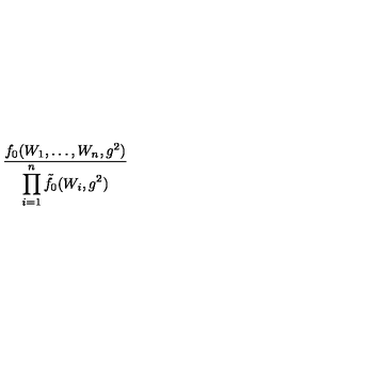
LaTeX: \frac { f _ { 0 } ( W _ { 1 } , \ldots , W _ { n } , g ^ { 2 } ) } { \displaystyle \prod _ { i = 1 } ^ { n } \tilde { f } _ { 0 } ( W _ { i } , g ^ { 2 } ) }